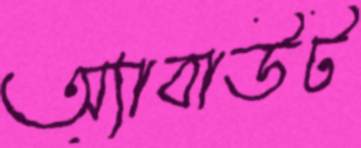
অ্যাবাউট